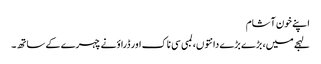
اپنے خون آشام
لہجے میں، بڑے بڑے دانتوں، لمبی سی ناک اور ڈراؤنے چہرے کے ساتھ۔